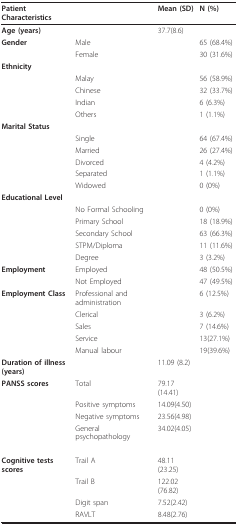
<table><thead><tr><td><b>Patient Characteristics</b></td><td>[EMPTY_CELL]</td><td><b>Mean (SD)</b></td><td><b>N (%)</b></td></tr></thead><tbody><tr><td><b>Age (years)</b></td><td>[EMPTY_CELL]</td><td>37.7(8.6)</td><td>[EMPTY_CELL]</td></tr><tr><td><b>Gender</b></td><td>Male</td><td>[EMPTY_CELL]</td><td>65 (68.4%)</td></tr><tr><td>[EMPTY_CELL]</td><td>Female</td><td>[EMPTY_CELL]</td><td>30 (31.6%)</td></tr><tr><td><b>Ethnicity</b></td><td>[EMPTY_CELL]</td><td>[EMPTY_CELL]</td><td>[EMPTY_CELL]</td></tr><tr><td>[EMPTY_CELL]</td><td>Malay</td><td>[EMPTY_CELL]</td><td>56 (58.9%)</td></tr><tr><td>[EMPTY_CELL]</td><td>Chinese</td><td>[EMPTY_CELL]</td><td>32 (33.7%)</td></tr><tr><td>[EMPTY_CELL]</td><td>Indian</td><td>[EMPTY_CELL]</td><td>6 (6.3%)</td></tr><tr><td>[EMPTY_CELL]</td><td>Others</td><td>[EMPTY_CELL]</td><td>1 (1.1%)</td></tr><tr><td><b>Marital Status</b></td><td>[EMPTY_CELL]</td><td>[EMPTY_CELL]</td><td>[EMPTY_CELL]</td></tr><tr><td>[EMPTY_CELL]</td><td>Single</td><td>[EMPTY_CELL]</td><td>64 (67.4%)</td></tr><tr><td>[EMPTY_CELL]</td><td>Married</td><td>[EMPTY_CELL]</td><td>26 (27.4%)</td></tr><tr><td>[EMPTY_CELL]</td><td>Divorced</td><td>[EMPTY_CELL]</td><td>4 (4.2%)</td></tr><tr><td>[EMPTY_CELL]</td><td>Separated</td><td>[EMPTY_CELL]</td><td>1 (1.1%)</td></tr><tr><td>[EMPTY_CELL]</td><td>Widowed</td><td>[EMPTY_CELL]</td><td>0 (0%)</td></tr><tr><td><b>Educational Level</b></td><td>[EMPTY_CELL]</td><td>[EMPTY_CELL]</td><td>[EMPTY_CELL]</td></tr><tr><td>[EMPTY_CELL]</td><td>No Formal Schooling</td><td>[EMPTY_CELL]</td><td>0 (0%)</td></tr><tr><td>[EMPTY_CELL]</td><td>Primary School</td><td>[EMPTY_CELL]</td><td>18 (18.9%)</td></tr><tr><td>[EMPTY_CELL]</td><td>Secondary School</td><td>[EMPTY_CELL]</td><td>63 (66.3%)</td></tr><tr><td>[EMPTY_CELL]</td><td>STPM/Diploma</td><td>[EMPTY_CELL]</td><td>11 (11.6%)</td></tr><tr><td>[EMPTY_CELL]</td><td>Degree</td><td>[EMPTY_CELL]</td><td>3 (3.2%)</td></tr><tr><td><b>Employment</b></td><td>Employed</td><td>[EMPTY_CELL]</td><td>48 (50.5%)</td></tr><tr><td>[EMPTY_CELL]</td><td>Not Employed</td><td>[EMPTY_CELL]</td><td>47 (49.5%)</td></tr><tr><td><b>Employment Class</b></td><td>Professional and administration</td><td>[EMPTY_CELL]</td><td>6 (12.5%)</td></tr><tr><td>[EMPTY_CELL]</td><td>Clerical</td><td>[EMPTY_CELL]</td><td>3 (6.2%)</td></tr><tr><td>[EMPTY_CELL]</td><td>Sales</td><td>[EMPTY_CELL]</td><td>7 (14.6%)</td></tr><tr><td>[EMPTY_CELL]</td><td>Service</td><td>[EMPTY_CELL]</td><td>13(27.1%)</td></tr><tr><td>[EMPTY_CELL]</td><td>Manual labour</td><td>[EMPTY_CELL]</td><td>19(39.6%)</td></tr><tr><td><b>Duration of illness (years)</b></td><td>[EMPTY_CELL]</td><td>11.09 (8.2)</td><td>[EMPTY_CELL]</td></tr><tr><td><b>PANSS scores</b></td><td>Total</td><td>79.17(14.41)</td><td>[EMPTY_CELL]</td></tr><tr><td>[EMPTY_CELL]</td><td>Positive symptoms</td><td>14.09(4.50)</td><td>[EMPTY_CELL]</td></tr><tr><td>[EMPTY_CELL]</td><td>Negative symptoms</td><td>23.56(4.98)</td><td>[EMPTY_CELL]</td></tr><tr><td>[EMPTY_CELL]</td><td>General psychopathology</td><td>34.02(4.05)</td><td>[EMPTY_CELL]</td></tr><tr><td><b>Cognitive tests scores</b></td><td>Trail A</td><td>48.11(23.25)</td><td>[EMPTY_CELL]</td></tr><tr><td>[EMPTY_CELL]</td><td>Trail B</td><td>122.02(76.82)</td><td>[EMPTY_CELL]</td></tr><tr><td>[EMPTY_CELL]</td><td>Digit span</td><td>7.52(2.42)</td><td>[EMPTY_CELL]</td></tr><tr><td>[EMPTY_CELL]</td><td>RAVLT</td><td>8.48(2.76)</td><td>[EMPTY_CELL]</td></tr></tbody></table>